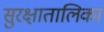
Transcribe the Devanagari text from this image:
सुरक्षातालिका